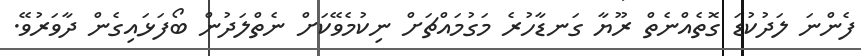
ފެންނަ ލަދުކުޑަ ގޮތެއްނެތް ރޫޔާ ގަނޑާހުރެ މަގުމައްޗަށް ނިކުމެވޭކަށް ނެތްލަދުން ބޯފަޅައިގެން ދާވަރުވޭ.